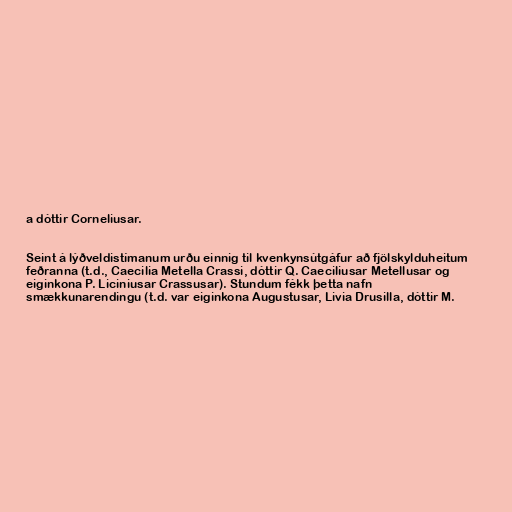
a dóttir Corneliusar.

Seint á lýðveldistímanum urðu einnig til kvenkynsútgáfur að fjölskylduheitum
feðranna (t.d., Caecilia Metella Crassi, dóttir Q. Caeciliusar Metellusar og
eiginkona P. Liciniusar Crassusar). Stundum fékk þetta nafn
smækkunarendingu (t.d. var eiginkona Augustusar, Livia Drusilla, dóttir M.